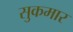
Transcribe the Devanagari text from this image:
सुकमार